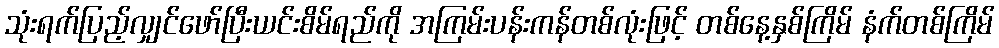
သုံးရက်ပြည့်လျှင်ဖော်ပြီးယင်းစိမ်ရည်ကို အကြမ်းပန်းကန်တစ်လုံးဖြင့် တစ်နေ့နှစ်ကြိမ် နံက်တစ်ကြိမ်